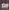
of